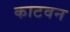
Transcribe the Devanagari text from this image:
काटवन